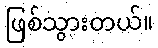
ဖြစ်သွားတယ်။